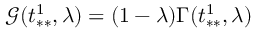
\mathcal { G } ( t _ { * * } ^ { 1 } , \lambda ) = ( 1 - \lambda ) \Gamma ( t _ { * * } ^ { 1 } , \lambda )